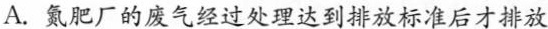
A.氮肥厂的废气经过处理达到排放标准后才排放